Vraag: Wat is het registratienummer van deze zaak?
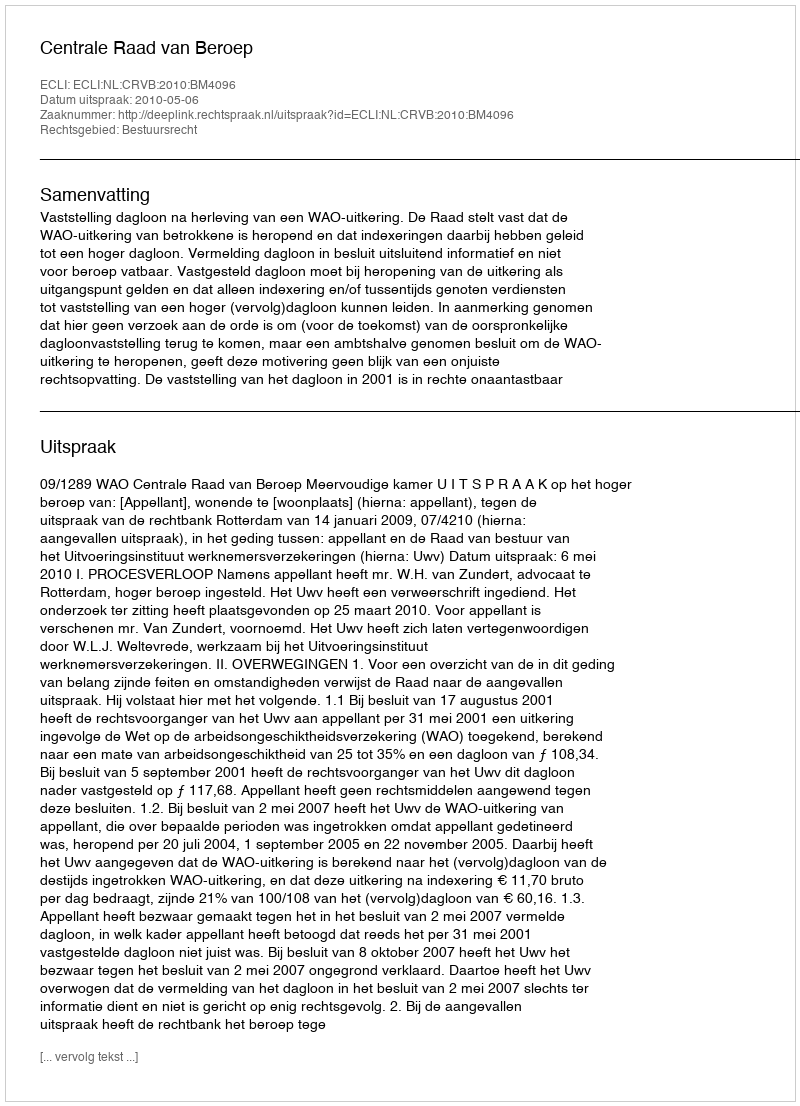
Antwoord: http://deeplink.rechtspraak.nl/uitspraak?id=ECLI:NL:CRVB:2010:BM4096